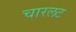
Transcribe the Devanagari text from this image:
चारलट